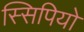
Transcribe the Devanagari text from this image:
स्सिपियो